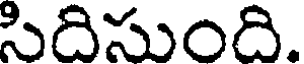
సిదిసుంది.